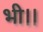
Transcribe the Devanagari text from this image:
भी।।